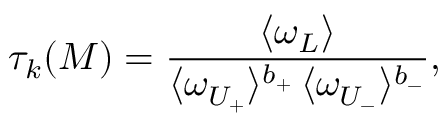
\tau _ { k } ( { \cal M } ) = \frac { \langle \omega _ { \cal L } \rangle } { \langle \omega _ { { \cal U } _ { + } } \rangle ^ { b _ { + } } \, \langle \omega _ { { \cal U } _ { - } } \rangle ^ { b _ { - } } } \mathrm { , }